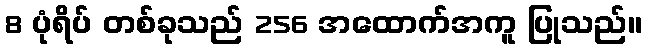
8 ပုံရိပ် တစ်ခုသည် 256 အထောက်အကူ ပြုသည်။